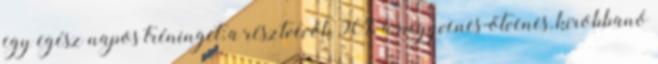
egy egész napos tréninget; a résztvevők 90%-a negyvenes-ötvenes, kirobbanó